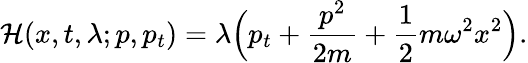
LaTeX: {\mathcal{H}}(x,t,\lambda;p,p_{t})=\lambda{\Big(}p_{t}+{\frac{p^{2}}{2m}}+{\frac{1}{2}}m\omega^{2}x^{2}{\Big)}.